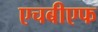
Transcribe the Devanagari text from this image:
एचबीएफ